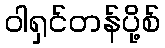
ဝါရှင်တန်ပို့စ်